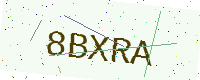
Text: 8BXRA